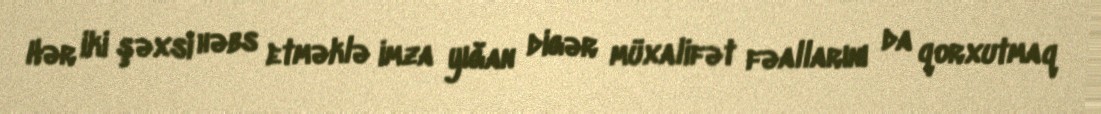
Hər iki şəxsi həbs etməklə imza yığan digər müxalifət fəallarını da qorxutmaq